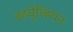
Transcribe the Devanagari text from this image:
व्हर्चुव्हियन